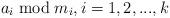
LaTeX: \begin{align*} a_i \bmod m_i, i = 1, 2, ..., k\end{align*}